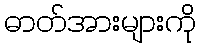
ဓာတ်အားများကို